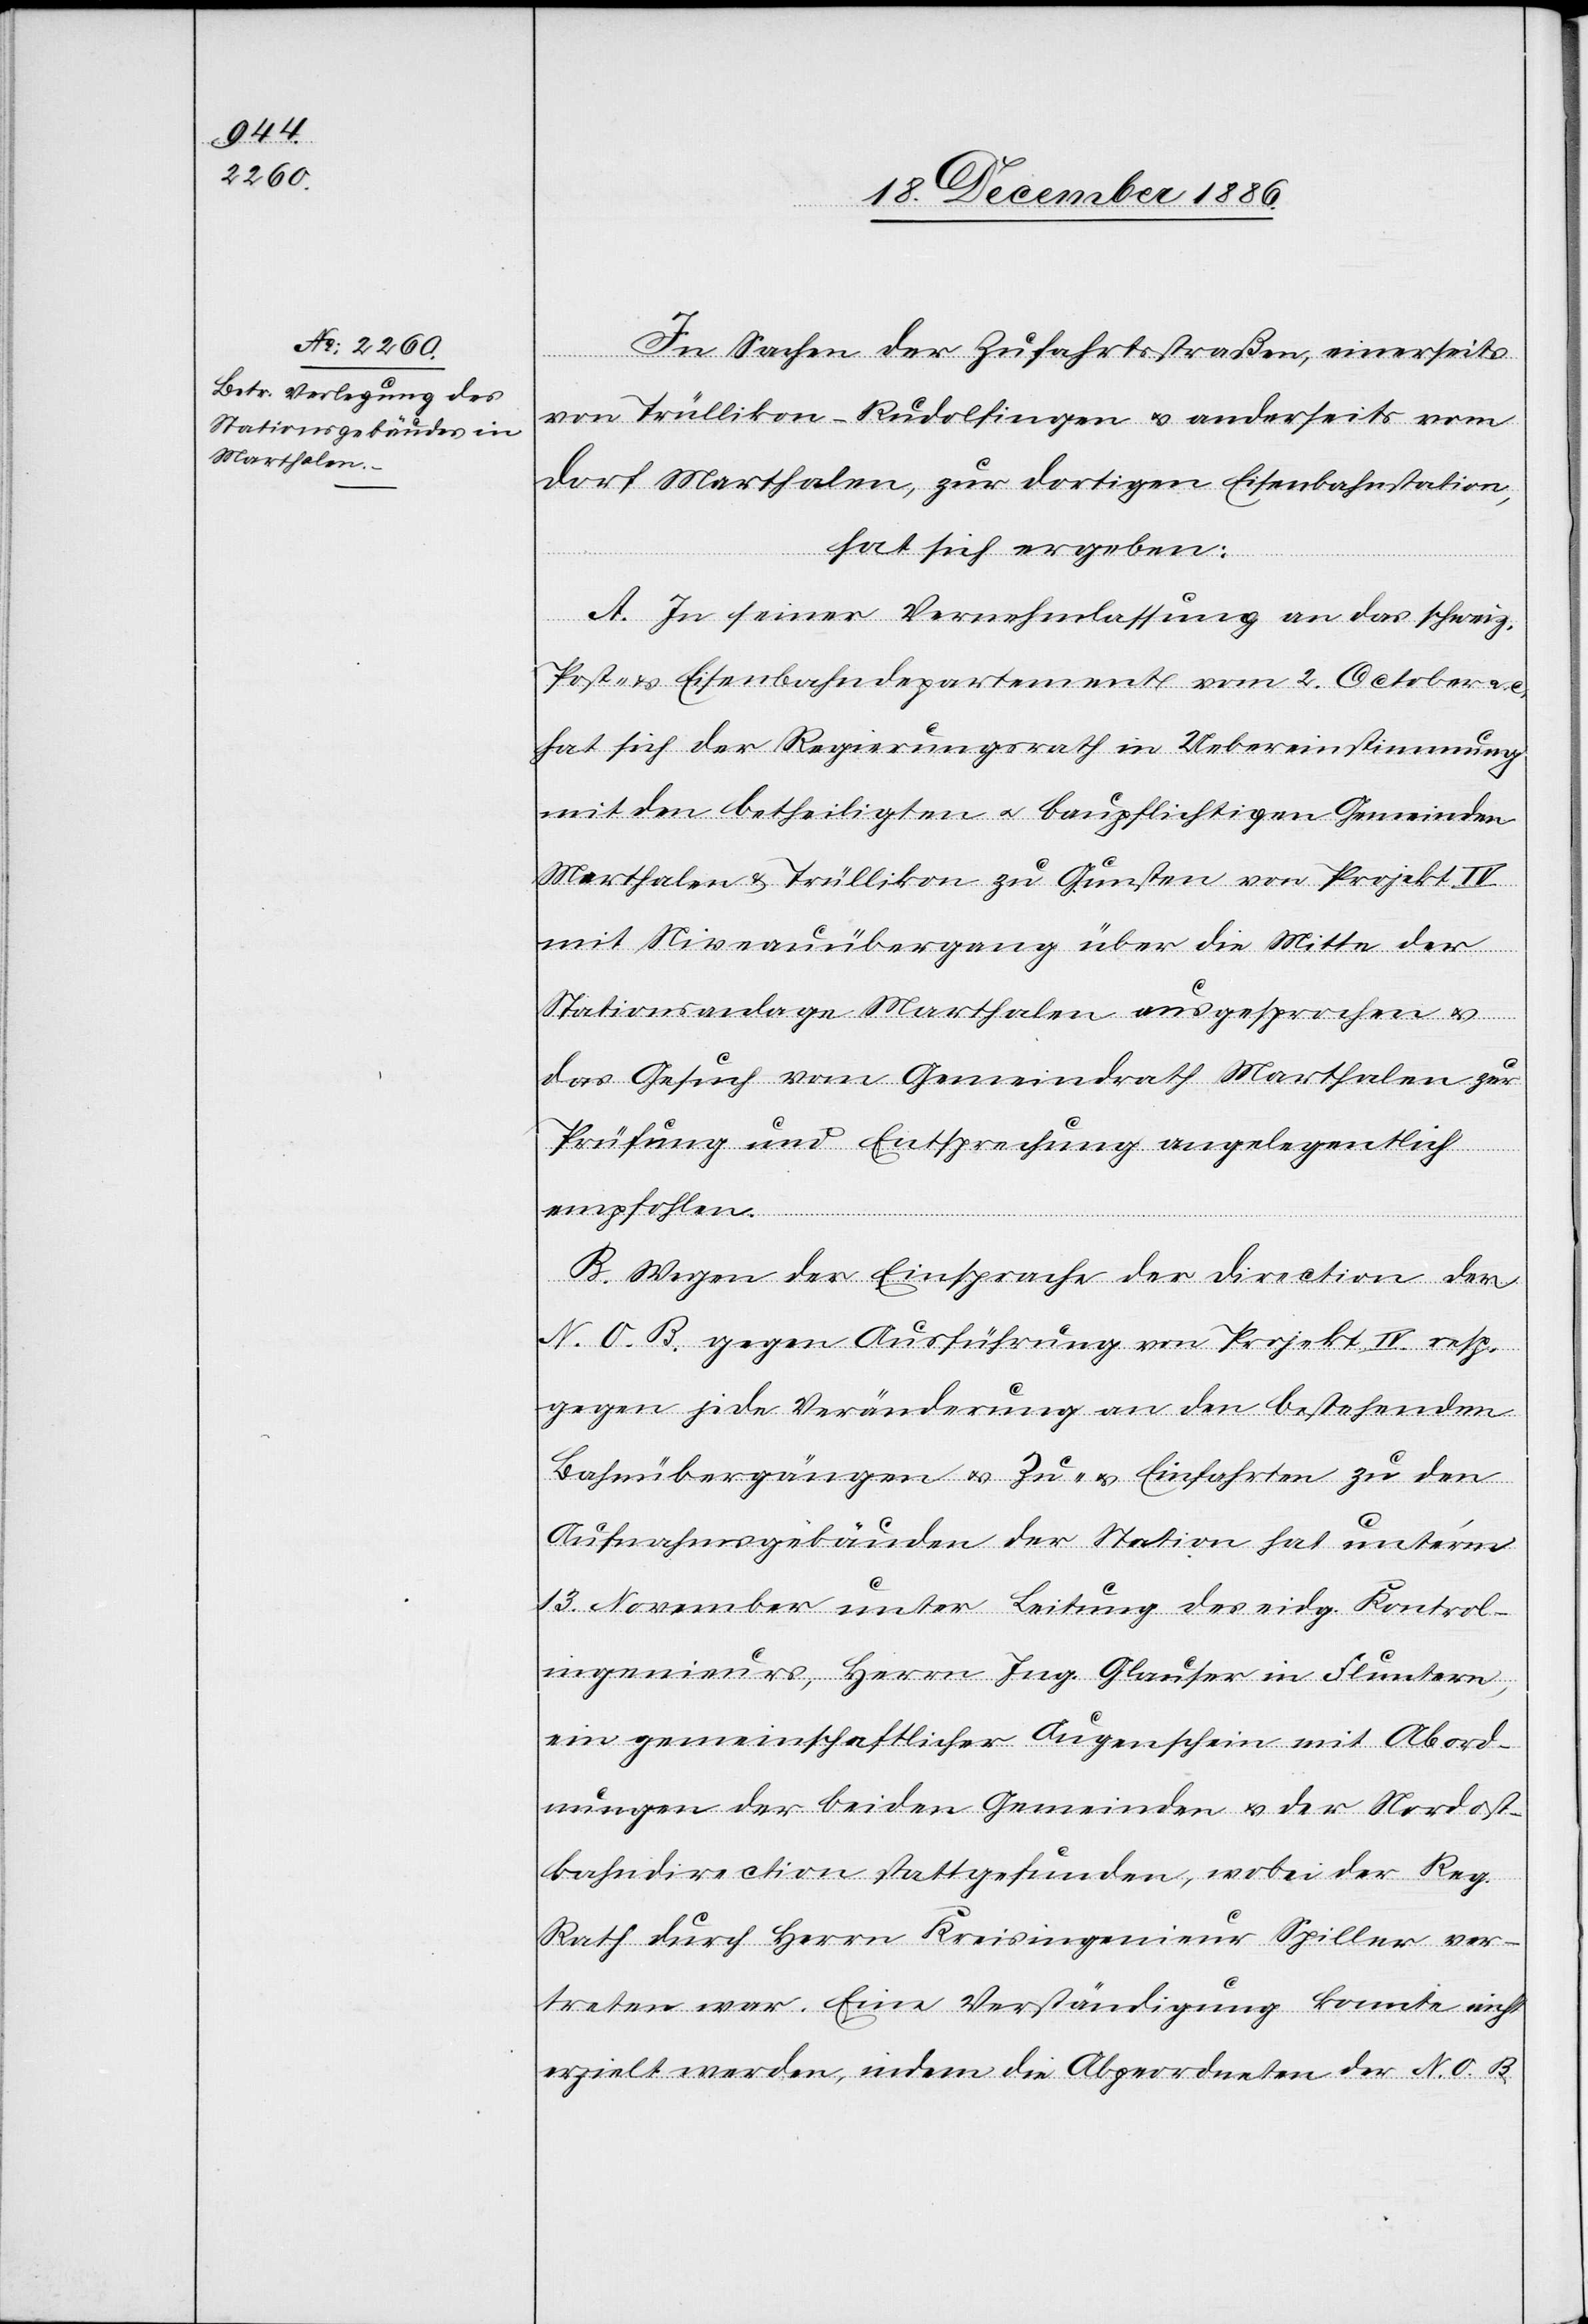
In Sachen der Zufahrtsstraßen, einerseits
von Trüllikon-Rudolfingen & anderseits vom
Dorf Marthalen, zur dortigen Eisenbahnstation,
hat sich ergeben:
A. In seiner Vernehmlassung an das schweiz.
Post- & Eisenbahndepartement vom 2. October a.
hat sich der Regierungsrath in Uebereinstimmung
mit den betheiligten & baupflichtigen Gemeinden
Marthalen & Trüllikon zu Gunsten von Projekt IV
mit Niveauübergang über die Mitte der
Stationsanlage Marthalen ausgesprochen &
das Gesuch vom Gemeindrath Marthalen zur
Prüfung und Entsprechung angelegentlich
empfohlen.
B. Wegen der Einsprache der Direction der
N. O. B. gegen Ausführung von Projekt IV. resp.
gegen jede Veränderung an den bestehenden
Bahnübergängen & Zu- & Einfahrten zu den
Aufnahmsgebäuden der Station hat unterm
13. November unter Leitung des eidg. Kontrol¬
ingenieurs, Herrn Ing. Glauser in Fluntern,
ein gemeinschaftlicher Augenschein mit Abord¬
nungen der beiden Gemeinden & der Nordost¬
bahndirection stattgefunden, wobei der Reg.
Rath durch Herrn Kreisingenieur Spiller ver¬
treten war. Eine Verständigung konnte nicht
erzielt werden, indem die Abgeordneten der N. O. B.